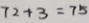
7 2 + 3 = 7 5